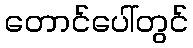
တောင်ပေါ်တွင်